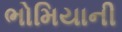
ભોમિયાની